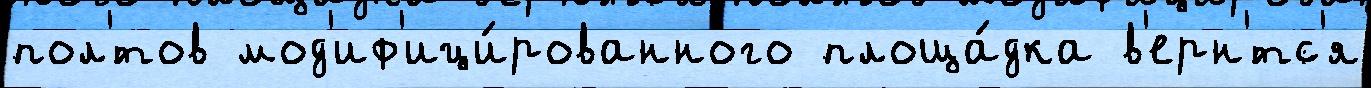
пол'́тов мод'иф'ици́рованного площа́дка в'ерн'́тс'я